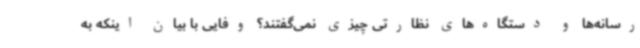
رسانه‌ها و دستگاه‌های نظارتی چیزی نمی‌گفتند؟ وفایی با بیان اینکه به